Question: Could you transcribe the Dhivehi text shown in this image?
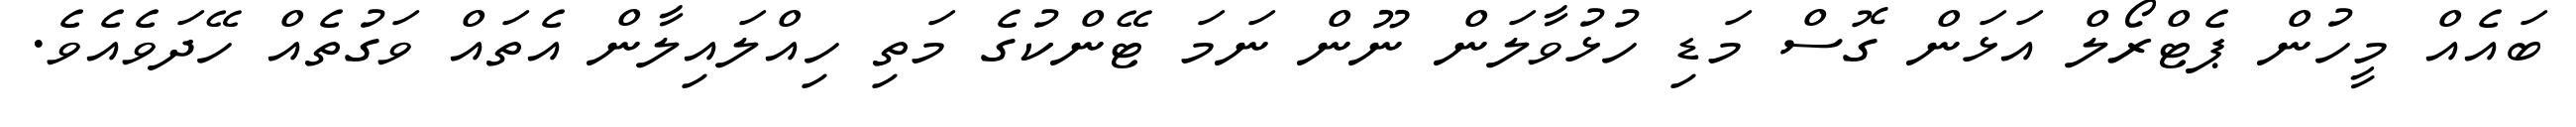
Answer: ބައެއް މީހުން ޕެޓްރޯލް އަޅަން ގޮސް މަޑި ހުޅުވާލަން ނޫން ނަމަ ޓޭންކުގެ މަތި ހިއްލައިލާން އެތައް ވަގުތެއް ހޭދަވެއެވެ.